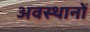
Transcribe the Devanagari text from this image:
अवस्थानों